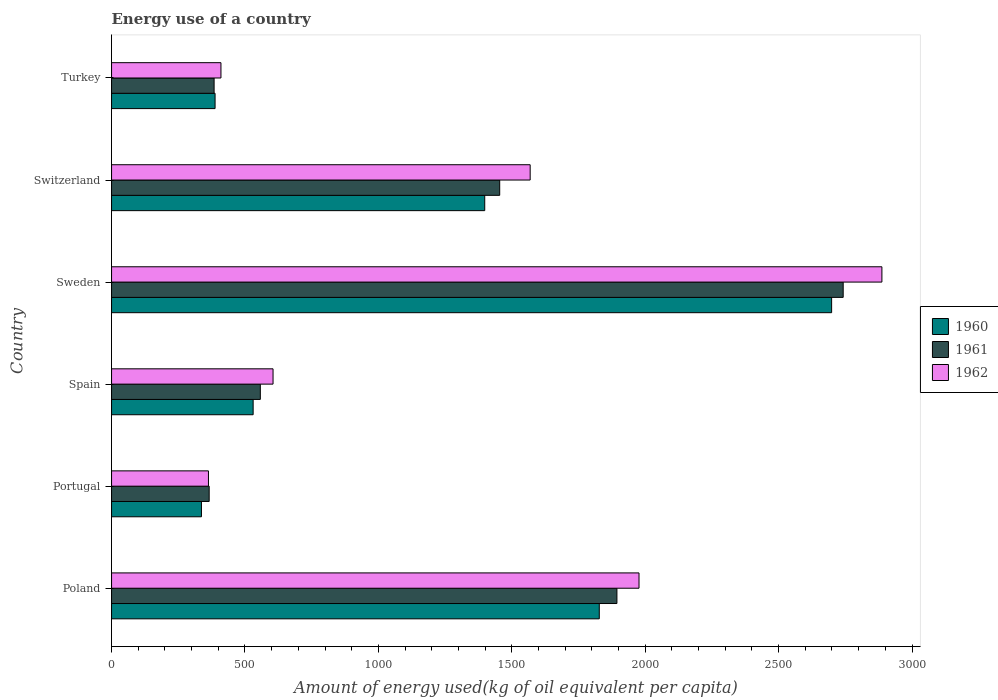
| Country | 1960 | 1961 | 1962 |
 | --- | --- | --- | --- |
 | Poland | 1.83e+03 | 1.89e+03 | 1.98e+03 |
 | Portugal | 337 | 366 | 363 |
 | Spain | 531 | 558 | 605 |
 | Sweden | 2.7e+03 | 2.74e+03 | 2.89e+03 |
 | Switzerland | 1.4e+03 | 1.45e+03 | 1.57e+03 |
 | Turkey | 388 | 384 | 410 |